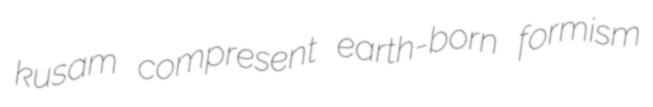
kusam compresent earth-born formism